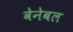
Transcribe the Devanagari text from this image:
वेनेबल